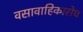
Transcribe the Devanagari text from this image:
वसावाहिकारोध